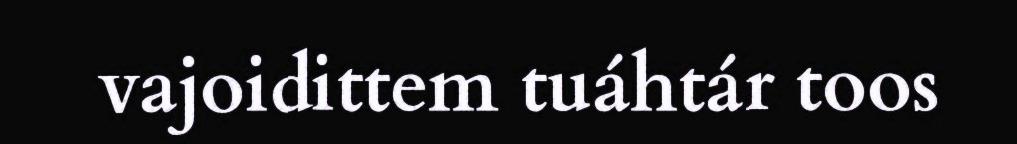
vajoidittem tuáhtár toos